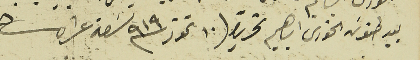
بيد طنوسَ الخورى ابراهيم تحريراً /١٠ تموز سنة ٩١٩ تسَعة عشر من